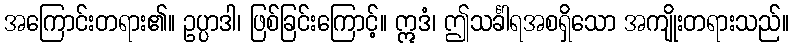
အကြောင်းတရား၏။ ဥပ္ပာဒါ၊ ဖြစ်ခြင်းကြောင့်။ ဣဒံ၊ ဤသင်္ခါရအစရှိသော အကျိုးတရားသည်။